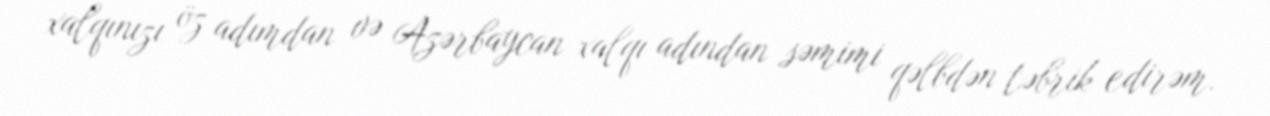
xalqınızı öz adımdan və Azərbaycan xalqı adından səmimi qəlbdən təbrik edirəm.